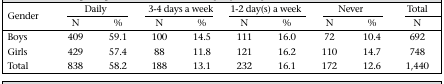
<table><thead><tr><td rowspan="2"><b>Gender</b></td><td colspan="2"><b>Daily</b></td><td colspan="2"><b>3-4 days a week</b></td><td colspan="2"><b>1-2 day(s) a week</b></td><td colspan="2"><b>Never</b></td><td><b>Total</b></td></tr><tr><td><b>N</b></td><td><b>%</b></td><td><b>N</b></td><td><b>%</b></td><td><b>N</b></td><td><b>%</b></td><td><b>N</b></td><td><b>%</b></td><td><b>N</b></td></tr></thead><tbody><tr><td>Boys</td><td>409</td><td>59.1</td><td>100</td><td>14.5</td><td>111</td><td>16.0</td><td>72</td><td>10.4</td><td>692</td></tr><tr><td>Girls</td><td>429</td><td>57.4</td><td>88</td><td>11.8</td><td>121</td><td>16.2</td><td>110</td><td>14.7</td><td>748</td></tr><tr><td>Total</td><td>838</td><td>58.2</td><td>188</td><td>13.1</td><td>232</td><td>16.1</td><td>172</td><td>12.6</td><td>1,440</td></tr></tbody></table>